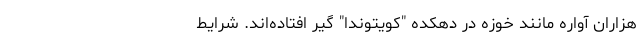
هزاران آواره مانند خوزه در دهکده "کویتوندا" گیر افتاده‌اند. شرایط